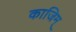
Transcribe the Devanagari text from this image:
काजिम्